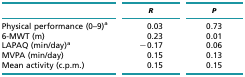
<table><thead><tr><td></td><td><b><i>R</i></b></td><td><b><i>P</i></b></td></tr></thead><tbody><tr><td>Physical performance (0–9)<sup>a</sup></td><td>0.03</td><td>0.73</td></tr><tr><td>6-MWT (m)</td><td>0.23</td><td>0.01</td></tr><tr><td>LAPAQ (min/day)<sup>a</sup></td><td>−0.17</td><td>0.06</td></tr><tr><td>MVPA (min/day)</td><td>0.15</td><td>0.13</td></tr><tr><td>Mean activity (c.p.m.)</td><td>0.15</td><td>0.15</td></tr></tbody></table>